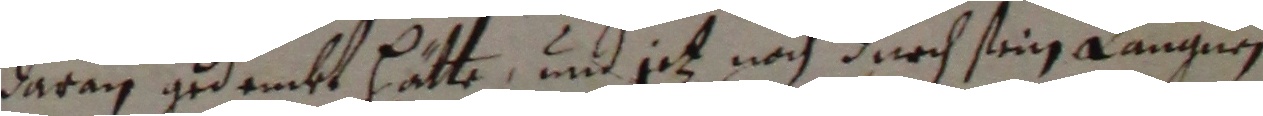
daran gedembt hatte und jetz nach durch seinen langnen